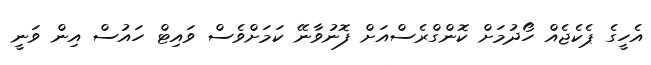
އެހީގެ ޕެކެޖެއް ހޯދުމަށް ކޮންގްރެސްއަށް ފޮނުވާނޭ ކަމަށްވެސް ވައިޓް ހައުސް އިން ވަނީ